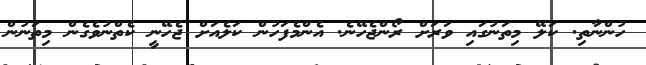
ހުންނާތި. ކަލޭ މިތަނުގައި ވަރަށް ރޯންޖެހޭނެ. އެންމެފަހުން ކަލެއަށް ޖެހޭނީ ކެތްނުވެގެން މިތަނުން